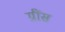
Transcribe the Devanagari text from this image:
ग्रींस